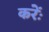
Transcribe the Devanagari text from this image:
करेंः